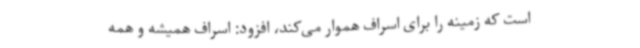
است که زمینه را برای اسراف هموار می‌کند، افزود: اسراف همیشه و همه